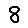
Digit: 8